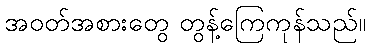
အဝတ်အစားတွေ တွန့်ကြေကုန်သည်။